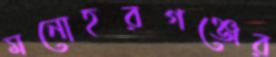
মনোহরগঞ্জের